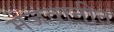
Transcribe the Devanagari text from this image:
मेजवानीत